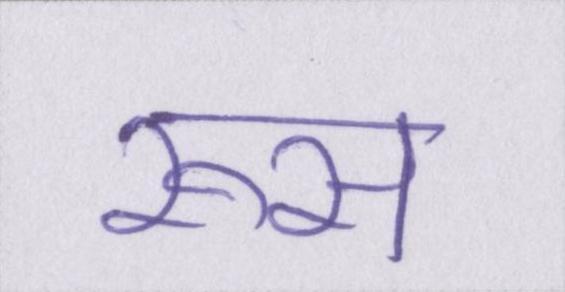
रूस